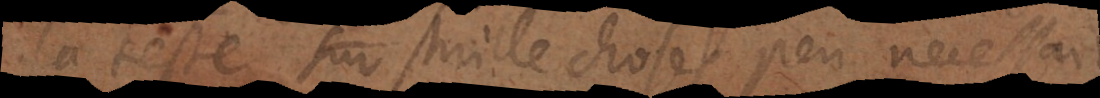
la teste sur mille choses peu necessaires: